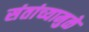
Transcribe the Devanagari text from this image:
संतांच्यामुळे